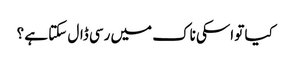
کیا تو اسکی ناک میں رسی ڈال سکتا ہے ؟